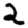
Digit: 2